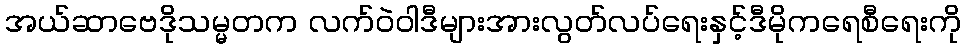
အယ်ဆာဗေဒိုသမ္မတက လက်ဝဲဝါဒီများအားလွတ်လပ်ရေးနှင့်ဒီမိုကရေစီရေးကို